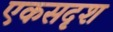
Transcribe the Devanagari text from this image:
एकसदृश